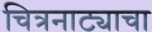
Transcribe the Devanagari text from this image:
चित्रनाट्याचा